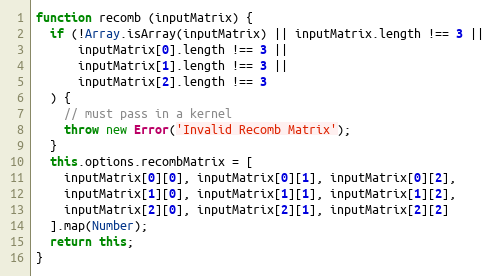
Language: JavaScript
function recomb (inputMatrix) {
  if (!Array.isArray(inputMatrix) || inputMatrix.length !== 3 ||
      inputMatrix[0].length !== 3 ||
      inputMatrix[1].length !== 3 ||
      inputMatrix[2].length !== 3
  ) {
    // must pass in a kernel
    throw new Error('Invalid Recomb Matrix');
  }
  this.options.recombMatrix = [
    inputMatrix[0][0], inputMatrix[0][1], inputMatrix[0][2],
    inputMatrix[1][0], inputMatrix[1][1], inputMatrix[1][2],
    inputMatrix[2][0], inputMatrix[2][1], inputMatrix[2][2]
  ].map(Number);
  return this;
}